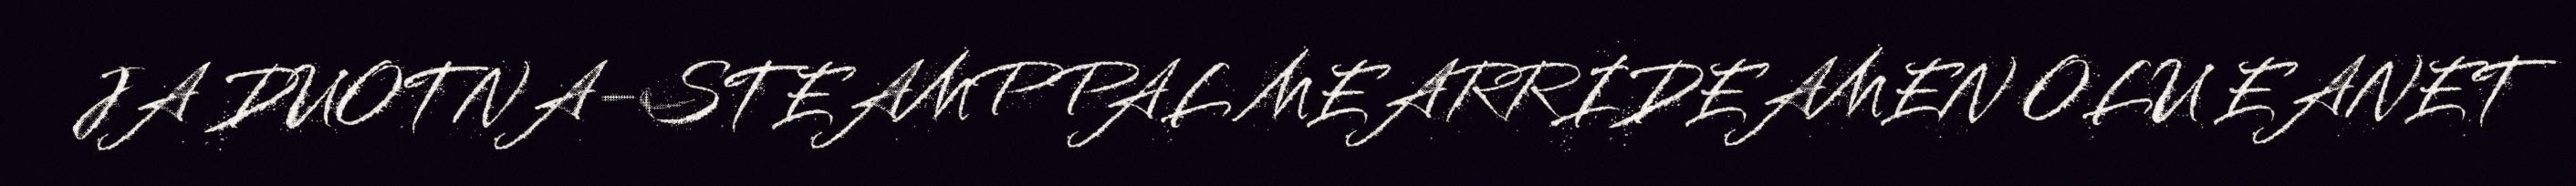
JA DUOTNA-STEAMPPAL MEARRIDEAMEN OLU EANET